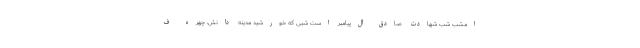
امشب شب شهادت صادق آل‌پیامبر است شبی که خورشید مدینه دانش، چهره ف